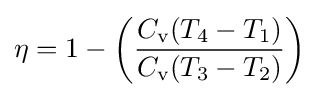
\eta =1-\left({\frac {C_{\text{v}}(T_{4}-T_{1})}{C_{\text{v}}(T_{3}-T_{2})}}\right)